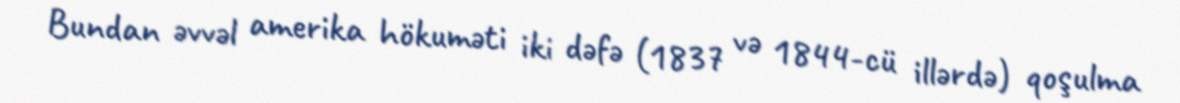
Bundan əvvəl amerika hökuməti iki dəfə (1837 və 1844-cü illərdə) qoşulma